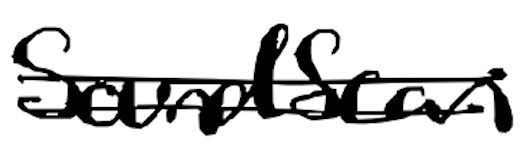
Text: SoundScan
Cross-out: double-line
Writing tool: digital_black